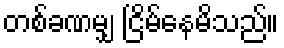
တစ်ခဏမျှ ငြိမ်နေမိသည်။